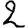
Digit: 2